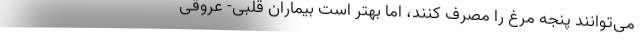
می‌توانند پنجه مرغ را مصرف کنند، اما بهتر است بیماران قلبی- عروقی